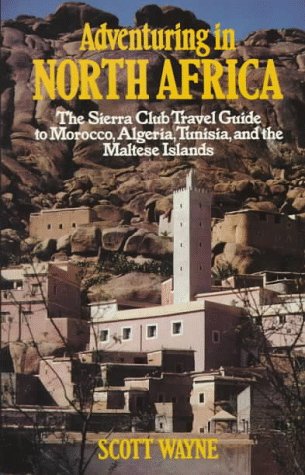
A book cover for Adventuring in North Africa; Scott Wayne; Travel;